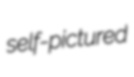
self-pictured